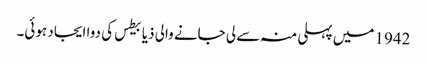
1942 میں‌ پہلی منہ سے لی جانے والی ذیابیطس کی دوا ایجاد ہوئی۔